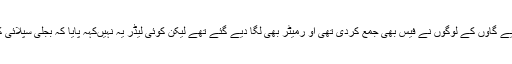
بجلی کنکشن کے لیے گاؤں کے لوگوں نے فیس بھی جمع کردی تھی او رمیٹر بھی لگا دیے گئے تھے لیکن کوئی لیڈر یہ نہیںکہہ پایا کہ بجلی سپلائی کو یقینی بنائیںگے۔